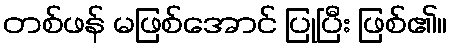
တစ်ဖန် မဖြစ်အောင် ပြုပြီး ဖြစ်၏။